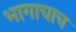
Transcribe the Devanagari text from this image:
भागाचाच